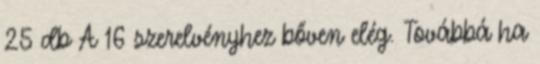
25 db A 16 szerelvényhez bőven elég. Továbbá ha